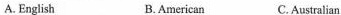
A.English B.American C.Australian